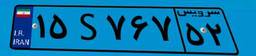
۰۱S۵۸۴۰۰